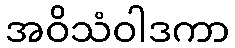
အဝိသံဝါဒကာ